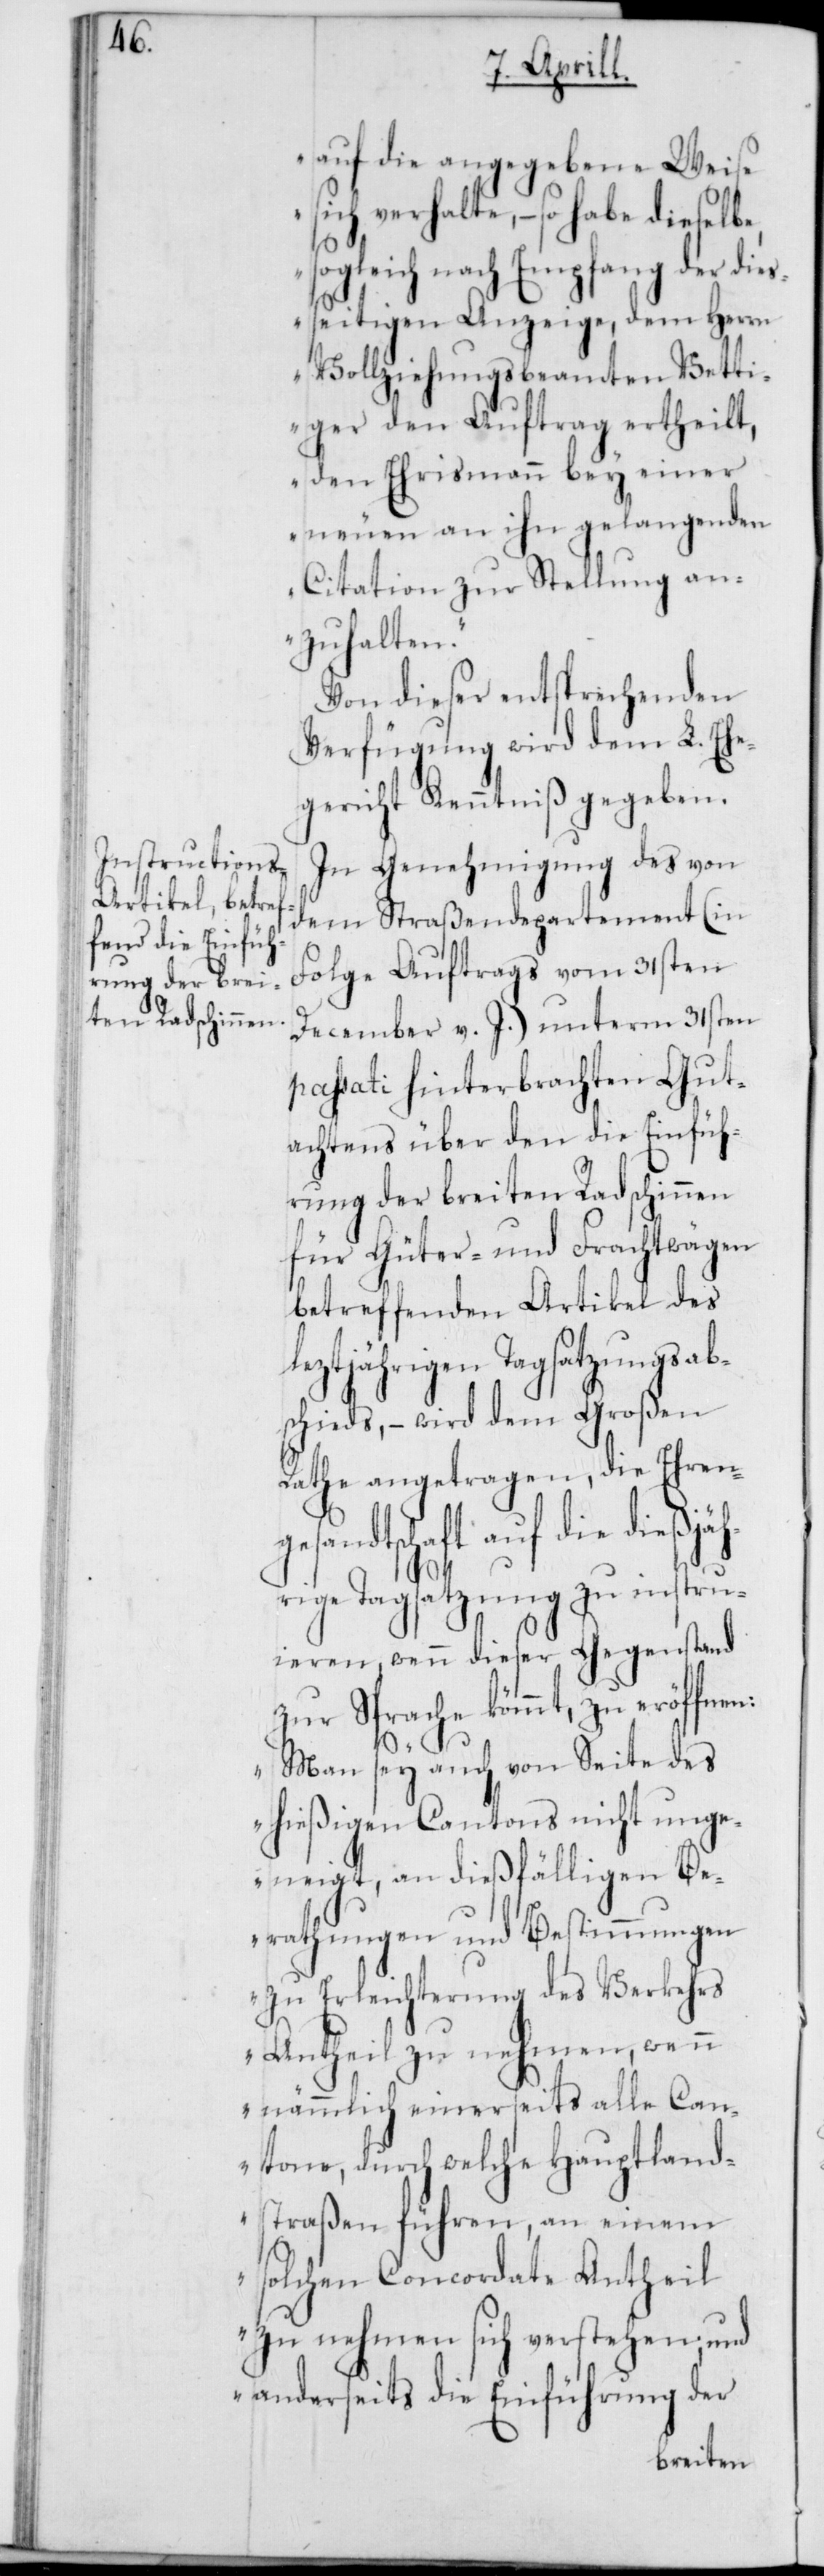
auf die angegebene Weise
sich verhalte, – so habe dieselbe,
sogleich nach Empfang der dieß¬
eitigen Anzeige, dem Herrn
Vollziehungsbeamten Vetti¬
ger den Auftrag erteilt,
den Ehrismann bey einer
neuen an ihn gelangenden
Citation zur Stellung an¬
zuhalten.“
Von dieser entsprechenden
Verfügung wird dem L. Ehe¬
gericht Kenntniß gegeben.
In Genehmigung des von
dem Straßendepartement (in
Folge Auftrags vom 31sten
December v. J.) unterm 31sten
passati hinterbrachten Gut¬
achtens über den die Einfüh¬
rung der breiten Radschinnen
für Güter- und Frachtwägen
betreffenden Artikel des
leztjährigen Tagsatzungsab¬
schieds, – wird dem Großen
Rathe angetragen, die Ehreng¬
esandtschaft auf die dießj¬
hrige Tagsatzung zu instru¬
ieren, wenn dieser Gegenstand
zur Sprache kömmt, zu eröffnen:
ä¬
„Man sey auch von Seite des
hießigen Cantons nicht unge¬
neigt, an dießfälligen Be¬
rathungen und Bestimmungen
zu Erleichterung des Verkehrs
Antheil zu nehmen, wenn
nämlich einerseits alle Can¬
tone, durch welche Hauptland¬
straßen führen, an einem
solchen Concordate Antheil
zu nehmen sich verstehen; und
anderseits die Einführung der